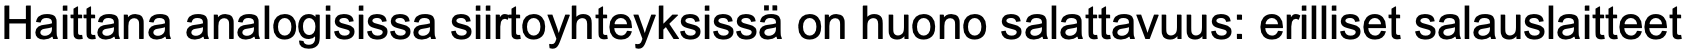
Haittana analogisissa siirtoyhteyksissä on huono salattavuus: erilliset salauslaitteet